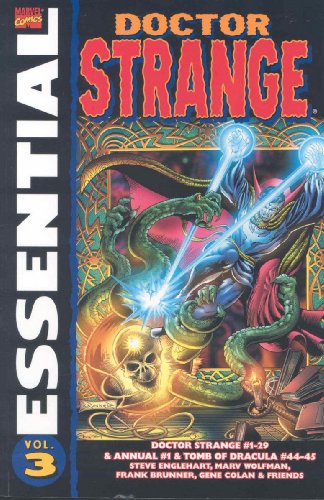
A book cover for Essential Doctor Strange, Vol. 3 (Marvel Essentials) (v. 3); Steve Englehart; Humor & Entertainment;